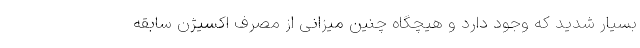
بسیار شدید که وجود دارد و هیچگاه چنین میزانی از مصرف اکسیژن سابقه